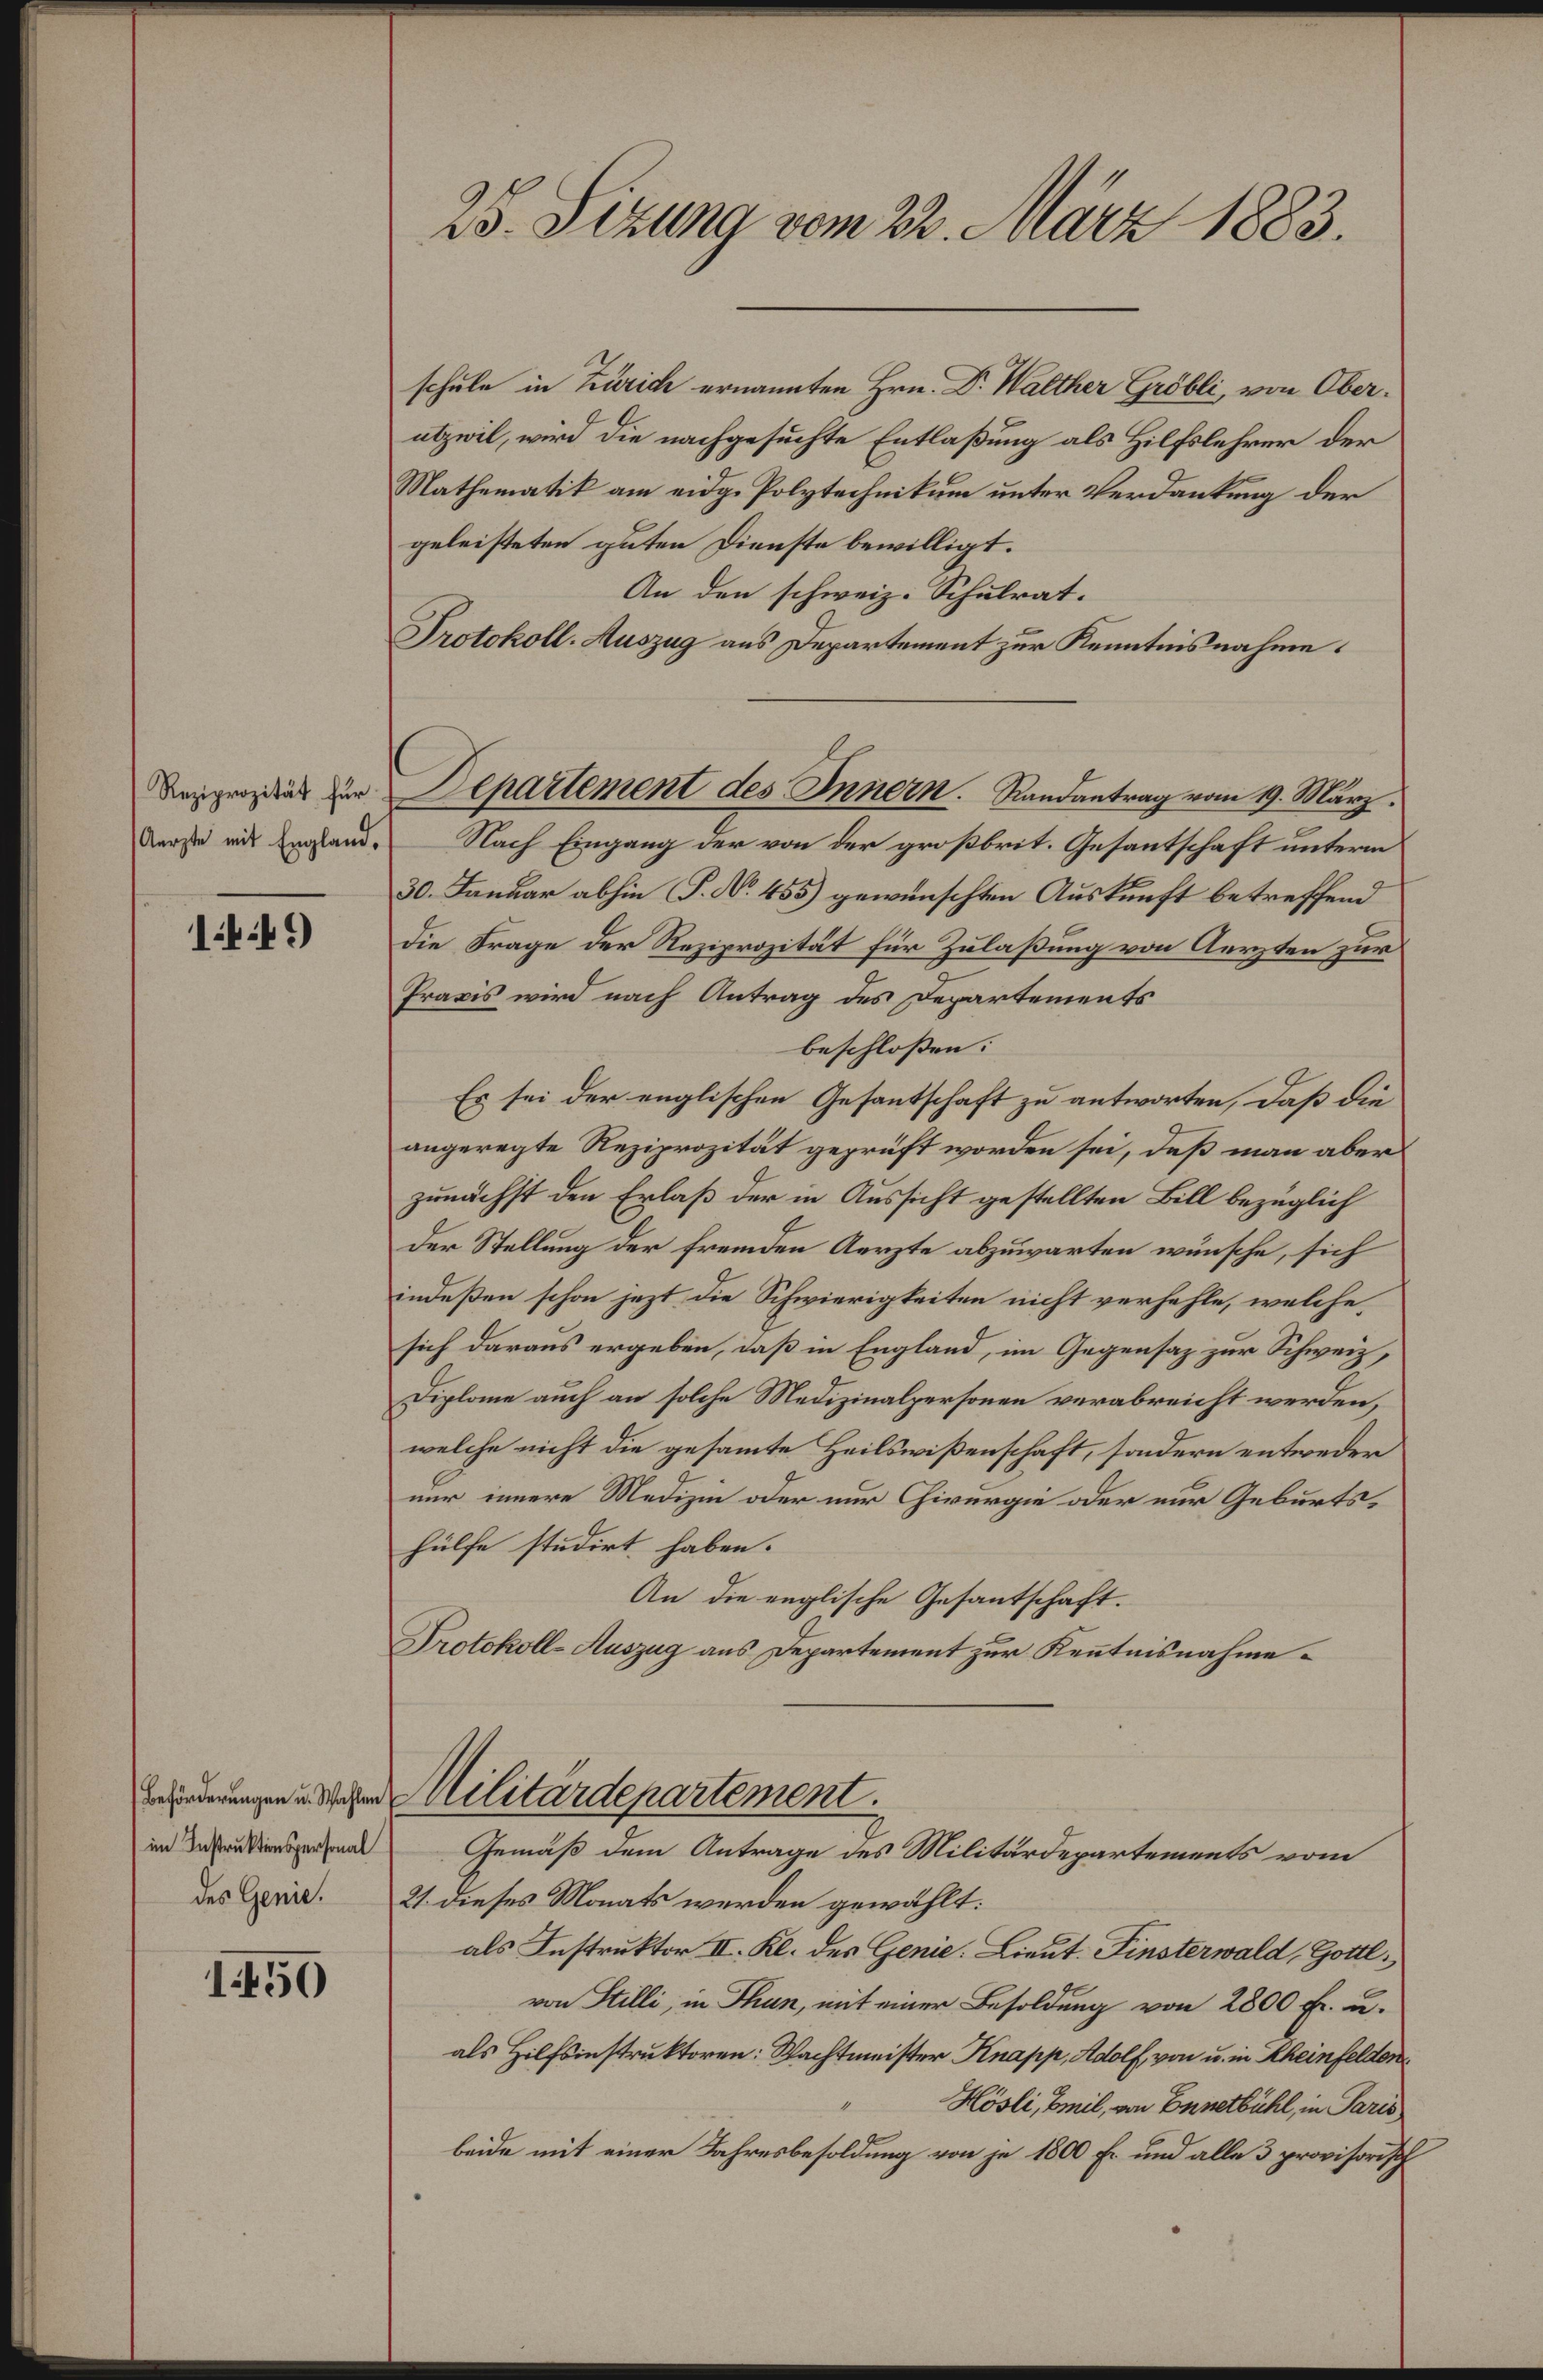
Reziprozität für
Aerzte mit England,

149)

Beförderungen u. Wahlen
im Instruktionspersonal

150

25. Sizung vom 22. März 1883.

schule in Zürich ernannten Hrn. Dr. Walther Gröbli, von Oberatzwil, wird die nachgesuchte Entlaßung als Hilfslehrer der
Mathematik am eidg. Polytechnikum unter Verdankung der
geleisteten guten Dienste bewilligt.
An den schweiz. Schulrat.
Protokoll. Auszug aus Departement zur Kenntnisnahme.
Nach Eingang der von der großbrit. Gesantschaft unterm
30. Januar abhin P. Nr. 455) gewünschten Auskunft betreffend
die Frage der Reziprozität für Zulaßung von Aerzten zur
Praxis wird nach Antrag des Departements
beschlossen: |
Es sei der englischen Gesantschaft zu antworten, daß die
angeregte Reziprozität geprüft worden sei, daß man aber
zunächst den Erlaß der in Aussicht gestellten Bill bezüglich
Der Stellung der fremden Aerzte abzuwarten wünsche, sich
indeßen schon jezt die Schwierigkeiten nicht verhehle, welche,
sich daraus ergeben, daß in England, im Gegensaz zur Schweiz,
Diplome auch an solche Medizinalpersonen verabreicht werden,
welche nicht die gesammte Heilswißenschaft, sondern entweder
nur innere Medizin oder nur Chirurgie oder nur Geburtshülfe studirt haben.
An die englische Gesantschaft.
Protokoll-Auszug aus Departement zur Kenntnisnahme¬
Militärdepartement.
Gemäß dem Antrage des Militärdepartements vom
des Gerint. 21. dieses Monats werden gewählt:
als Instruktor II. Kl. des Genie. Lieut. Finsterwald, Gottl.
von Stilli, in Thun, mit einer Besoldung von 2800 Fr. u.
als Hilfsinstruktoren: Wachtmeister Knapp, Adolf, von u. in Rheinfelden¬
Hösli, beil, von Ennetbühl, in Paris
beide mit einer Jahresbesoldung von je 1800 Fr. und alle 3 provisorisch

Departement des Innern. Randantrag vom 19. März.